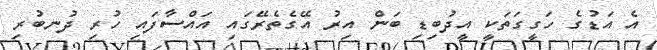
އެ އަޑުގެ ހަގީގަތަކީ އީދުބިޑި ބަން އިރު އޭގެތެރޭގައި އައްސާފައި ހުރި ދުނބުރި